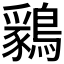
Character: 𪅊